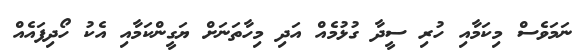
ނަމަވެސް މިކަމާއި ހުރި ސީދާ ގުޅުމެއް އަދި މިހާތަނަށް ޔަގީންކަމާއި އެކު ހޯދިފައެއް